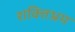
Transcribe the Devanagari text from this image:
शक्तिभ्रम